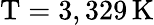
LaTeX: \mathrm{T}=3,329\, \mathrm{K}